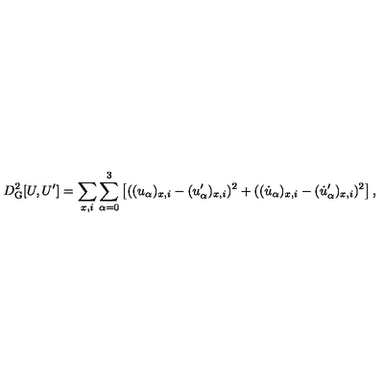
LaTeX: D _ { \mathrm { G } } ^ { 2 } [ U , U ^ { \prime } ] = \sum _ { x , i } \sum _ { \alpha = 0 } ^ { 3 } \left[ ( ( u _ { \alpha } ) _ { x , i } - ( u _ { \alpha } ^ { \prime } ) _ { x , i } ) ^ { 2 } + ( ( \dot { u } _ { \alpha } ) _ { x , i } - ( \dot { u } _ { \alpha } ^ { \prime } ) _ { x , i } ) ^ { 2 } \right] ,